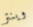
وينتر